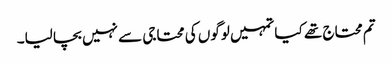
تم محتاج تھے کیا تمہیں لوگوں کی محتاجی سے نہیں بچا لیا۔